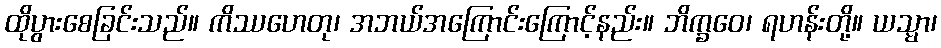
ထိုပွားစေခြင်းသည်။ ကိဿဟေတု၊ အဘယ်အကြောင်းကြောင့်နည်း။ ဘိက္ခဝေ၊ ရဟန်းတို့။ ယသ္မာ၊